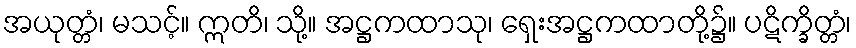
အယုတ္တံ၊ မသင့်။ ဣတိ၊ သို့။ အဋ္ဌကထာသု၊ ရှေးအဋ္ဌကထာတို့၌။ ပဋိက္ခိတ္တံ၊